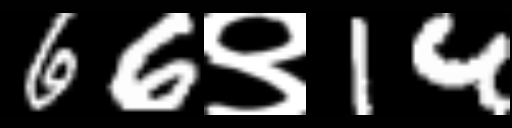
Text: 66९14